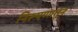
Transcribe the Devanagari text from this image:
निरूपणातून